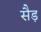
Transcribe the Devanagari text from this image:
सैड़